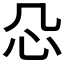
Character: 𰐻